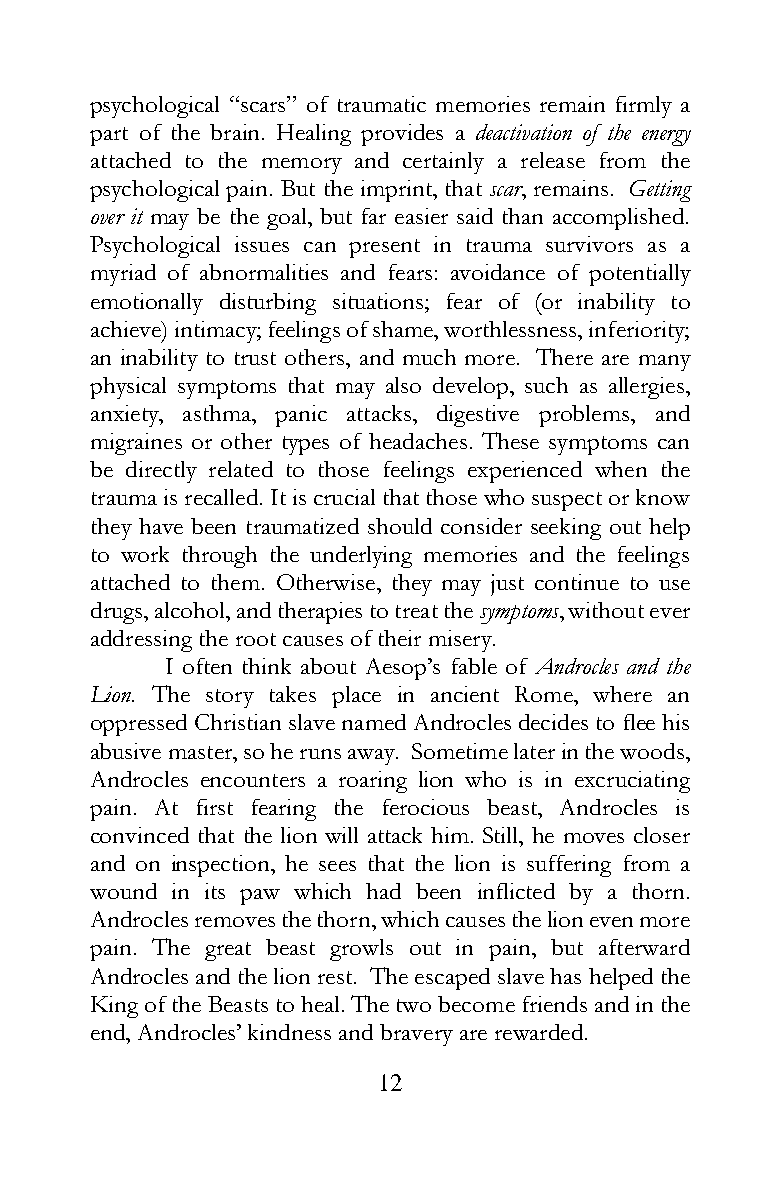
psychological “scars” of traumatic memories remain firmly a
 part of the brain. Healing provides a deactivation of the energy
 attached to the memory and certainly a release from the
 psychological pain. But the imprint, that scar, remains. Getting
 over it may be the goal, but far easier said than accomplished.
 Psychological issues can present in trauma survivors as a
 myriad of abnormalities and fears: avoidance of potentially
 emotionally disturbing situations; fear of (or inability to
 achieve) intimacy; feelings of shame, worthlessness, inferiority;
 an inability to trust others, and much more. There are many
 physical symptoms that may also develop, such as allergies,
 anxiety, asthma, panic attacks, digestive problems, and
 migraines or other types of headaches. These symptoms can
 be directly related to those feelings experienced when the
 trauma is recalled. It is crucial that those who suspect or know
 they have been traumatized should consider seeking out help
 to work through the underlying memories and the feelings
 attached to them. Otherwise, they may just continue to use
 drugs, alcohol, and therapies to treat the symptoms, without ever
 addressing the root causes of their misery.
 I often think about Aesop’s fable of Androcles and the
 Lion. The story takes place in ancient Rome, where an
 oppressed Christian slave named Androcles decides to flee his
 abusive master, so he runs away. Sometime later in the woods,
 Androcles encounters a roaring lion who is in excruciating
 pain. At first fearing the ferocious beast, Androcles is
 convinced that the lion will attack him. Still, he moves closer
 and on inspection, he sees that the lion is suffering from a
 wound in its paw which had been inflicted by a thorn.
 Androcles removes the thorn, which causes the lion even more
 pain. The great beast growls out in pain, but afterward
 Androcles and the lion rest. The escaped slave has helped the
 King of the Beasts to heal. The two become friends and in the
 end, Androcles’ kindness and bravery are rewarded.
 12